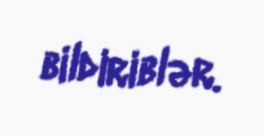
bildiriblər.